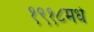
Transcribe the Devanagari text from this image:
१९१८मधे